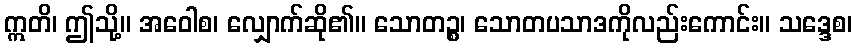
ဣတိ၊ ဤသို့။ အဝေါစ၊ လျှောက်ဆို၏။ သောတဉ္စ၊ သောတပသာဒကိုလည်းကောင်း။ သဒ္ဒေစ၊